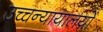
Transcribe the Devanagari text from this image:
उच्चन्यायालयों